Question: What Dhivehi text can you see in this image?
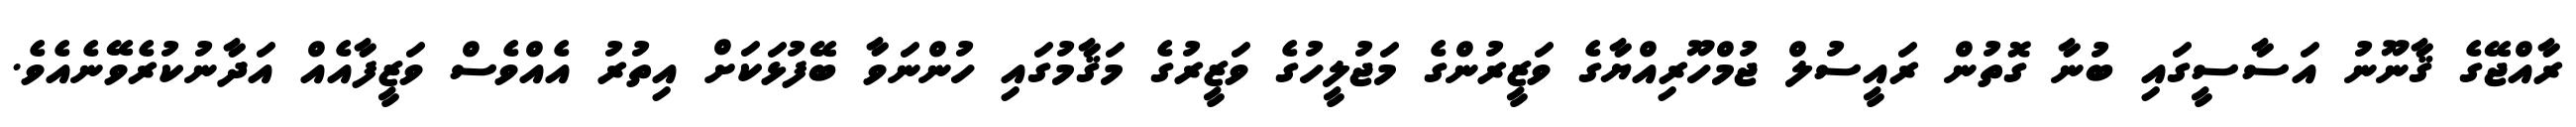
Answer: ރާއްޖޭގެ ޤާނޫނު އަސާސީގައި ބުނާ ގޮތުން ރައީސުލް ޖުމްހޫރިއްޔާގެ ވަޒީރުންގެ މަޖުލީހުގެ ވަޒީރުގެ މަޤާމުގައި ހުންނަވާ ބޭފުޅަކަށް އިތުރު އެއްވެސް ވަޒީފާއެއް އަދާނުކުރެވޭނެއެވެ.